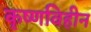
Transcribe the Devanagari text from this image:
कृष्णविहीन